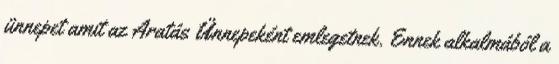
ünnepet amit az Aratás Ünnepeként emlegetnek. Ennek alkalmából a